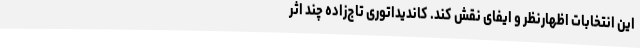
این انتخابات اظهارنظر و ایفای نقش کند. کاندیداتوری تاج‌زاده چند اثر